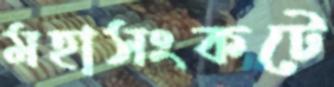
মহাসংকটে